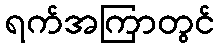
ရက်အကြာတွင်